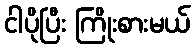
ငါပိုပြီး ကြိုးစားမယ်